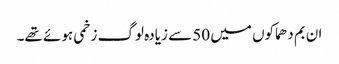
ان بم دھماکوں میں 50 سے زیادہ لوگ زخمی ہوئے تھے۔